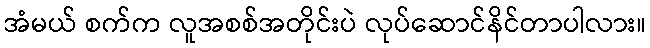
အံမယ် စက်က လူအစစ်အတိုင်းပဲ လုပ်ဆောင်နိင်တာပါလား။